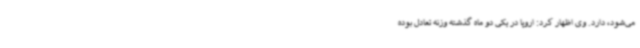
می‌شود، دارد. وی اظهار کرد: اروپا در یکی دو ماه گذشته وزنه تعادل بوده